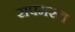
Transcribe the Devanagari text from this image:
सपमस्त